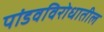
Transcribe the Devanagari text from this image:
पांडवविरोधातील